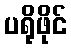
ပရိုဖိုင်